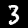
Label: 3